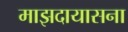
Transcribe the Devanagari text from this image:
माझदायासना